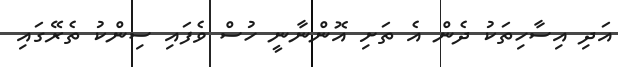
އަދި އިސާހިތަކު ދެން އެ ތަށި އޮންނާނީ ހުސް ވެފައި ސިންކު ތެރޭގައި